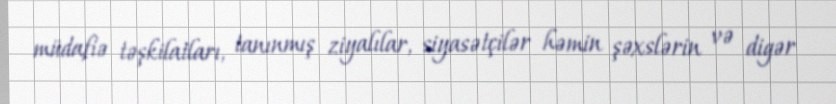
müdafiə təşkilatları, tanınmış ziyalılar, siyasətçilər həmin şəxslərin və digər